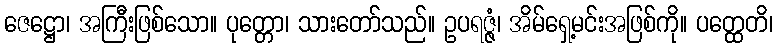
ဇေဋ္ဌော၊ အကြီးဖြစ်သော။ ပုတ္တော၊ သားတော်သည်။ ဥပရဇ္ဇံ၊ အိမ်ရှေ့မင်းအဖြစ်ကို။ ပတ္ထေတိ၊